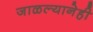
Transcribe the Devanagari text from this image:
जाळल्यानेही